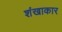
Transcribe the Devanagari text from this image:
शंखाकार